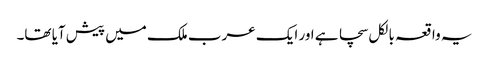
یہ واقعہ بالکل سچا ہے اور ایک عرب ملک میں پیش آیا تھا۔